King Institute of Preventive Medicine Micro-Biological Section reports 1909-11
Year: 1909
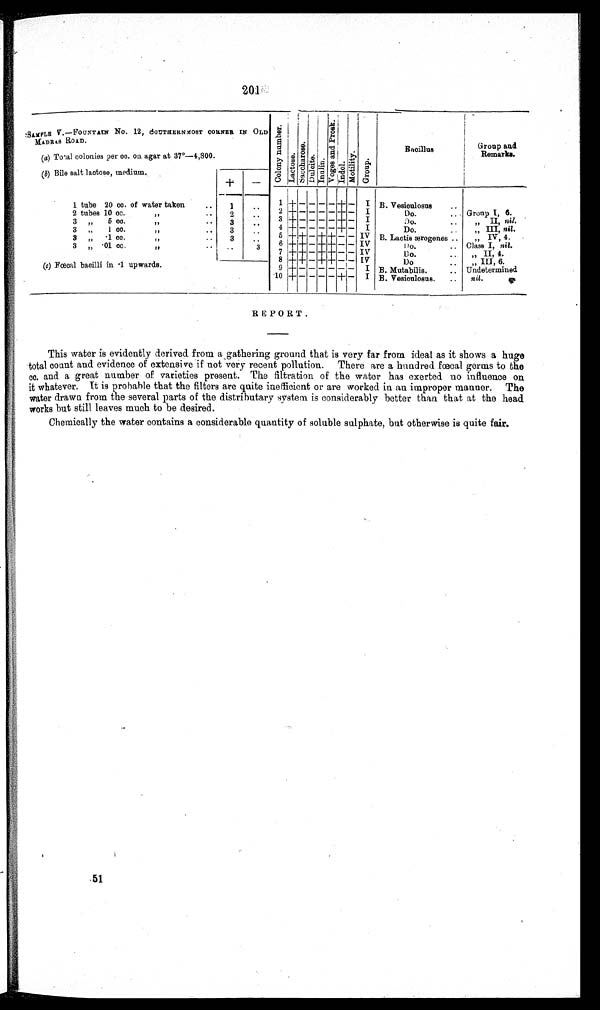
201
SAMPLE V.—FOUNTAIN No. 12, SOUTHERN MOST C O N N E R I N O L D
MADRAS ROAD.
C o l o n y n u m b e r .
L a c t o s e .
S a c c h a r o s e .
D u l o i t e .
I n u l i n .
V o g a s a n d P r o s k .
I n d o l . M o t i l i t y .
G r o u p .
Bacillus
Group and
Remarks.
(a) Total colonies per cc. on agar at 37°-—4,800.
(b) Bile salt lactose, medium.
+
—
1 tube 20 cc. of water taken
1
..
1 + – – — — + —
I B. Vesiculosus
Group I, 6.
2 +
—
– – – + – I
2 tubes 10 cc.
,...
2
Do.
..
3 + — – – – + – I
3,,„ 5 cc.
, , . . . .
3
. .
Do.
II, sail.
4 + — – – – + – I
III, nit.
3,,
1 cc.
, , . . . .
3
. .
Do.
..
5 + + – + – – – IV
„
„ IV, 4.
3,,„ .1 cc.
, , . . . .
3
. .
B. Lactis ærogenes ..
3,, .01 cc.
,, .. ..
3 3
6 + + –
+++ + – – IV
Class I, nil.
Do.
..
7 +
+ – + + + – – IV
Do.
..
II, 4.
(c) Fœcal bacilli in .1 upwards.
8 +
+ – + + – – I V
, , I I I , 6
Do
..
9 + — — – – – – I B. Mutabilis.
Undetermined
10 +— — — — +
–
I B. Vesiculosus... nil.
REPORT.
This water is evidently derived from a gathering ground that is very far from ideal as it shows a huge
total count and evidence of extensive if not very recent pollution. There are a hundred Fœcal germs to the
cc. and a great number of varieties present. The filtration of the water has exerted no influence on
it whatever. It is probable that the filters are quite inefficient or are worked in an improper manner. The
water drawn from - the several parts of the distributary system is considerably better than that at the head
works but still leaves much to be desired.
Chemically the water contains a considerable quantity of soluble sulphate, but otherwise is quite fair.